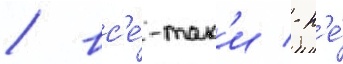
/ вс'е́-так'и / н'е́